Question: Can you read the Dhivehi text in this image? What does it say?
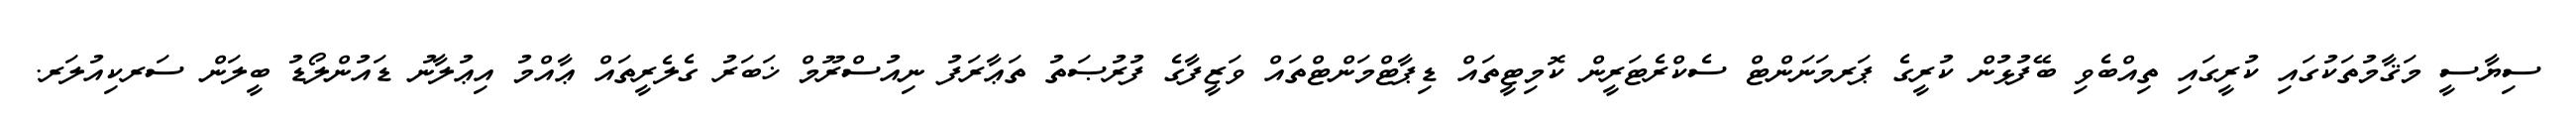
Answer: ސިޔާސީ މަޤާމުތަކުގައި ކުރީގައި ތިއްބެވި ބޭފުޅުން ކުރީގެ ޕަރމަނަންޓް ސެކްރެޓަރީން ކޮމިޓީތައް ޑިޕާޓްމަންޓްތައް ވަޒީފާގެ ފުރުޞަތު ތަޢާރަފު ނިއުސްރޫމް ޚަބަރު ގެލެރީތައް ޢާއްމު އިޢުލާނު ޑައުންލޯޑު ބީލަން ސަރކިއުލަރ.